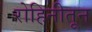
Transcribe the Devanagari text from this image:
रोहिनीतून